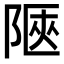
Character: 陿